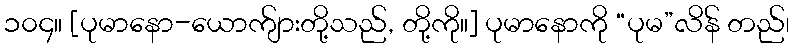
၁၀၄။ [ပုမာနော-ယောက်ျားတို့သည်, တို့ကို။] ပုမာနောကို “ပုမ”လိန် တည်၊